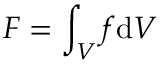
F = \int _ { V } f \mathrm { d } V